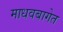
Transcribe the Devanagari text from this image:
माधवबागेत